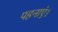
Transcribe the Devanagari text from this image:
पहनाएं।